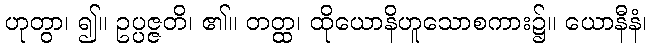
ဟုတွာ၊ ၍။ ဥပ္ပဇ္ဇတိ၊ ၏။ တတ္ထ၊ ထိုယောနိဟူသောစကား၌။ ယောနီနံ၊